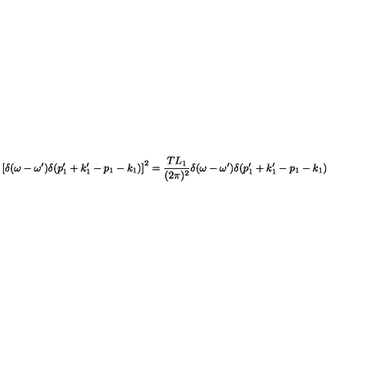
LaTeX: \left[ \delta ( \omega - \omega ^ { \prime } ) \delta ( p _ { 1 } ^ { \prime } + k _ { 1 } ^ { \prime } - p _ { 1 } - k _ { 1 } ) \right] ^ { 2 } = { \frac { T L _ { 1 } } { ( 2 \pi ) ^ { 2 } } } \delta ( \omega - \omega ^ { \prime } ) \delta ( p _ { 1 } ^ { \prime } + k _ { 1 } ^ { \prime } - p _ { 1 } - k _ { 1 } )